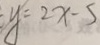
\cdot y = 2 x - 5